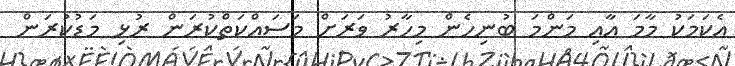
އެކަމަކު މާމަ އާއި މަންމަ ބުނިހެން މިހާރު ވަރަށް މަސައްކަތްކުރަން ރުޅި މަޑުކުރަން